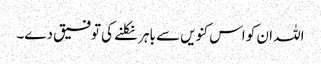
اللہ ان کو اس کنویں سے باہر نکلنے کی توفیق دے۔